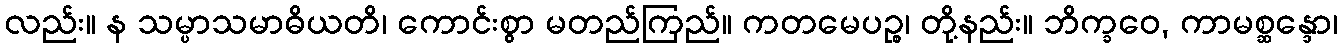
လည်း။ န သမ္ပာသမာဓိယတိ၊ ကောင်းစွာ မတည်ကြည်။ ကတမေပဉ္စ၊ တို့နည်း။ ဘိက္ခဝေ, ကာမစ္ဆန္ဒော၊